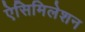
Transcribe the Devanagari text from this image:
ऐसिमिलेशन